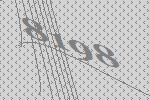
8198